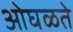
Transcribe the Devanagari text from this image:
ओघळते